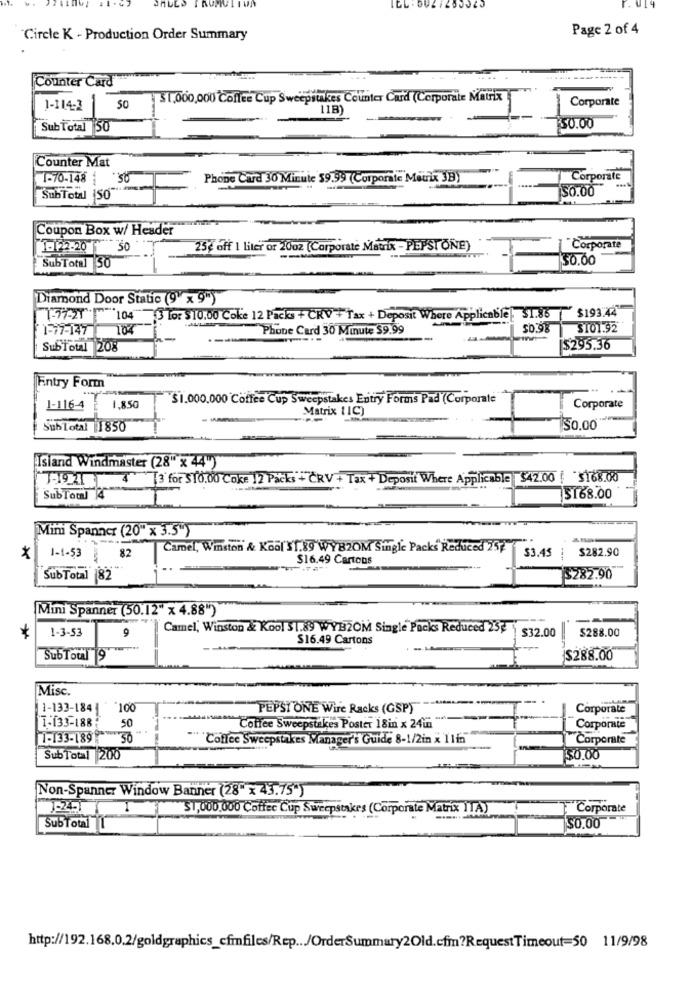
r. U14
Page 2 of 4
Circle K - Production Order Summary
Counter Card
$1,000,000 Coffee Cup Sweepstakes Counter Card (Corporate Matrix
Corporate
1-114-3
50
118)
--
Sub Total 50
50.00
Counter Mat
-70-148
Phone Card 30 Minute 59.99 (Corporate Meuix 3B)
Corporate
50.00
SubTotal (50
Coupon Box w/ Header
122-20 50
25℃ off 1 Liter or 2002 (Corporate Matrix - PEPSTONE)
Corporate
$0.00
SubTotal 50
Diamond Door Static (9' x 9")
$193.44
104 3 Lor $10.00 Coke 12 Packs + CRV +Tax + Deposit Where Applicable), $1.86
1-77-147 104
Phone Card 30 Minute $9.99
$0.98
$101.92
SubTotal 208
$295.36
Entry Form
$1.000.000 Coffee Cup Sweepstakes Entry Forms Pad (Corporate
1-1164
1.850
Matrix 11C)
Corporate
SubTotal 1850
50.00
Isiand Windmaster (28" x 44")
7-19 211 4 3 for $10.00 Coke 12 Packs + ČRV + Tax + Deposit Where Applicable $42.00 ; 3168.00
SubTowl 14
$168.00
Mini Spanner (20" x 3.5")
Camel, Winston & Kodl $1.89 WYB2OM Single Packs Reduced 257
$282.90
1-1-53
82
$16.49 Cartons
$3.45
SubTotal 82
$282.90
Mini Spanner (50.12" x 4.88")
--
1-3-53
9
Camel, Winston & Kool $1.89 WYBZOM Single Packs Reduced 25℃
$32.00
$288.00
$16.49 Cartons
SubToul 9
$288.00
Misc.
1-133-184
100
PEPSI ONE Wire Racks (GSP)
Corporate
1-133-188
50
Coffee Sweepstakes Poster 18in x 24ti
Corporate
1-133-18950"
Coffee Sweepstakes Manager's Guide 8-1/2in x 1165
Corporate
SubTotal 200
$0.00
Non-Spanner Window Banner (28" x 43.75*)
1:245
"$1,000,000 Coffee Cup Sweepstakes (Corporate Matrix ITA)
Corporate
SubTotal 1
$0.00
http://192.168.0.2/goldgraphics_cfmfiles/Rep ... /OrderSummary2Old.cfm?RequestTimeout=50 11/9/98